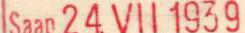
Saap 24. VII 1939